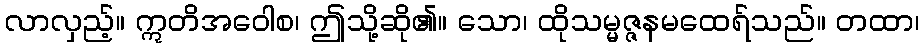
လာလှည့်။ ဣတိအဝေါစ၊ ဤသို့ဆို၏။ သော၊ ထိုသမ္မဇ္ဇနမထေရ်သည်။ တထာ၊